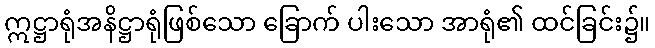
ဣဋ္ဌာရုံအနိဋ္ဌာရုံဖြစ်သော ခြောက် ပါးသော အာရုံ၏ ထင်ခြင်း၌။